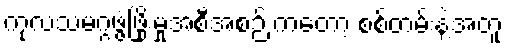
ကုလသမဂ္ဂဖွံ့ဖြိုးမှုအစီအစဉ် ကတော့ စစ်တမ်းနဲ့အတူ